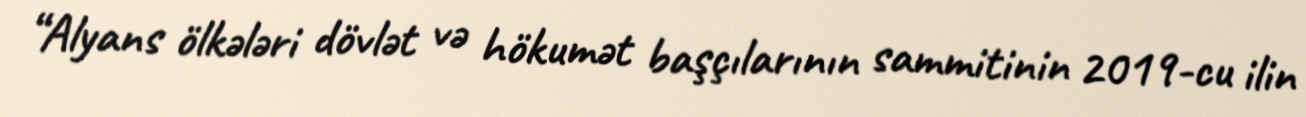
“Alyans ölkələri dövlət və hökumət başçılarının sammitinin 2019-cu ilin